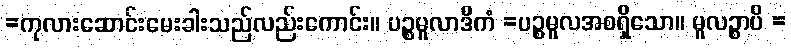
=ကုလားဆောင်းမေးခါးသည်လည်းကောင်း။ ပဉ္စမူလာဒိကံ =ပဉ္စမူလအစရှိသော။ မူလဉ္စာပိ =